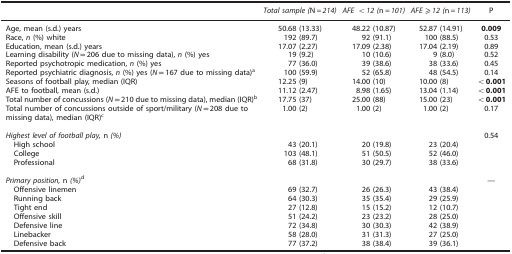
<table><thead><tr><td><b> </b></td><td><b><i>Total sample (</i>N=<i>214)</i></b></td><td><b><i>AFE &lt;12 (</i>n=<i>101)</i></b></td><td><b><i>AFE</i> ⩾<i>12 (</i>n=<i>113)</i></b></td><td><b>P</b></td></tr></thead><tbody><tr><td>Age, mean (s.d.) years</td><td>50.68 (13.33)</td><td>48.22 (10.87)</td><td>52.87 (14.91)</td><td><b>0.009</b></td></tr><tr><td>Race, <i>n</i> (%) white</td><td>192 (89.7)</td><td>92 (91.1)</td><td>100 (88.5)</td><td>0.53</td></tr><tr><td>Education, mean (s.d.) years</td><td>17.07 (2.27)</td><td>17.09 (2.38)</td><td>17.04 (2.19)</td><td>0.89</td></tr><tr><td>Learning disability (<i>N</i>=206 due to missing data), <i>n</i> (%) yes</td><td>19 (9.2)</td><td>10 (10.6)</td><td>9 (8.0)</td><td>0.52</td></tr><tr><td>Reported psychotropic medication, <i>n</i> (%) yes</td><td>77 (36.0)</td><td>39 (38.6)</td><td>38 (33.6)</td><td>0.45</td></tr><tr><td>Reported psychiatric diagnosis, <i>n</i> (%) yes (<i>N</i>=167 due to missing data)a</td><td>100 (59.9)</td><td>52 (65.8)</td><td>48 (54.5)</td><td>0.14</td></tr><tr><td>Seasons of football play, median (IQR)</td><td>12.25 (9)</td><td>14.00 (10)</td><td>10.00 (8)</td><td><b>&lt;0.001</b></td></tr><tr><td>AFE to football, mean (s.d.)</td><td>11.12 (2.47)</td><td>8.98 (1.65)</td><td>13.04 (1.14)</td><td><b>&lt;0.001</b></td></tr><tr><td>Total number of concussions (<i>N</i>=210 due to missing data), median (IQR)b</td><td>17.75 (37)</td><td>25.00 (88)</td><td>15.00 (23)</td><td><b>&lt;0.001</b></td></tr><tr><td>Total number of concussions outside of sport/military (<i>N</i>=208 due to missing data), median (IQR)c</td><td>1.00 (2)</td><td>1.00 (2)</td><td>1.00 (2)</td><td>0.17</td></tr><tr><td> </td><td> </td><td> </td><td> </td><td> </td></tr><tr><td><i>Highest level of football play</i>, n <i>(%)</i></td><td> </td><td> </td><td> </td><td>0.54</td></tr><tr><td> High school</td><td>43 (20.1)</td><td>20 (19.8)</td><td>23 (20.4)</td><td> </td></tr><tr><td> College</td><td>103 (48.1)</td><td>51 (50.5)</td><td>52 (46.0)</td><td> </td></tr><tr><td> Professional</td><td>68 (31.8)</td><td>30 (29.7)</td><td>38 (33.6)</td><td> </td></tr><tr><td> </td><td> </td><td> </td><td> </td><td> </td></tr><tr><td><i>Primary position</i>, n <i>(%)</i>d</td><td> </td><td> </td><td> </td><td>—</td></tr><tr><td> Offensive linemen</td><td>69 (32.7)</td><td>26 (26.3)</td><td>43 (38.4)</td><td> </td></tr><tr><td> Running back</td><td>64 (30.3)</td><td>35 (35.4)</td><td>29 (25.9)</td><td> </td></tr><tr><td> Tight end</td><td>27 (12.8)</td><td>15 (15.2)</td><td>12 (10.7)</td><td> </td></tr><tr><td> Offensive skill</td><td>51 (24.2)</td><td>23 (23.2)</td><td>28 (25.0)</td><td> </td></tr><tr><td> Defensive line</td><td>72 (34.8)</td><td>30 (30.3)</td><td>42 (38.9)</td><td> </td></tr><tr><td> Linebacker</td><td>58 (28.0)</td><td>31 (31.3)</td><td>27 (25.0)</td><td> </td></tr><tr><td> Defensive back</td><td>77 (37.2)</td><td>38 (38.4)</td><td>39 (36.1)</td><td> </td></tr></tbody></table>